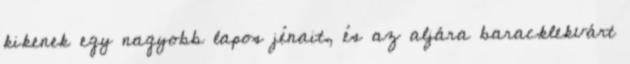
kikenek egy nagyobb lapos jénait, és az aljára baracklekvárt